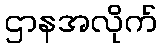
ဌာနအလိုက်